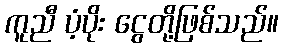
ကူညီ ပံ့ပိုး ငွေတို့ဖြစ်သည်။